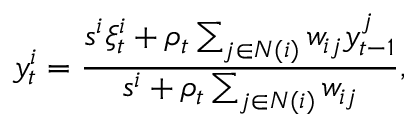
y _ { t } ^ { i } = \frac { s ^ { i } \xi _ { t } ^ { i } + \rho _ { t } \sum _ { j \in N ( i ) } w _ { i j } y _ { t - 1 } ^ { j } } { s ^ { i } + \rho _ { t } \sum _ { j \in N ( i ) } w _ { i j } } ,